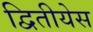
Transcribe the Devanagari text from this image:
द्वितीयेस